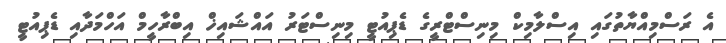
އެ ރަސްމިއްޔާތުގައި އިސްލާމިކް މިނިސްޓްރީގެ ޑެޕިއުޓީ މިނިސްޓަރު އައްޝައިޚް އިބްރާހީމް އަހްމަދާއި ޑެޕިއުޓީ